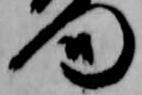
門